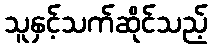
သူနှင့်သက်ဆိုင်သည့်